Medical and sanitary report of the native army of Madras for the year
Year: 1875
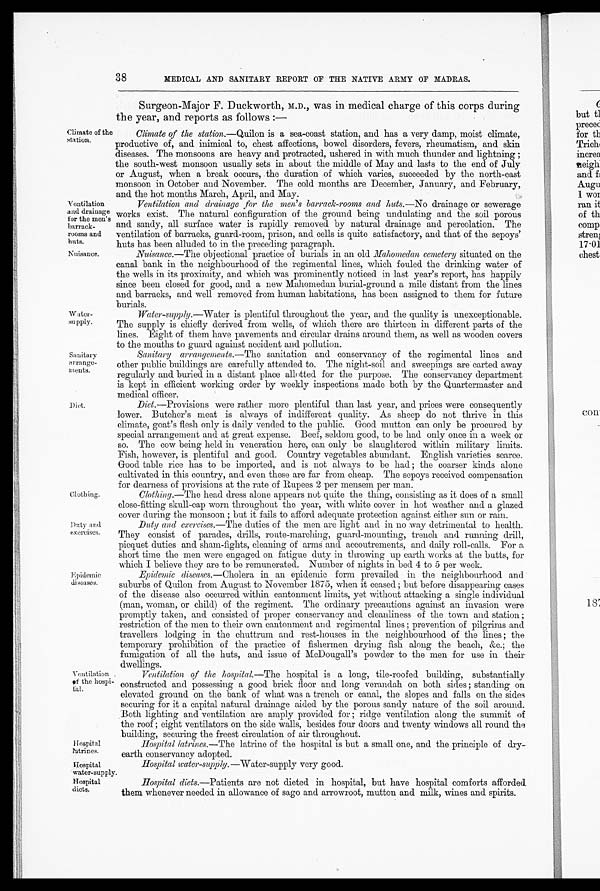
Clothing.
Duty and
exercises.
38
Climate of the
station.
Ventilation
and drainage
for the men's
barrack-
rooms and
huts.
MEDICAL AND SANITARY REPORT OF THE NATIVE ARMY OF MADRAS.
Surgeon-Major F. Duckworth, M.D., was in medical charge of this corps during
the year, and reports as follows :—
Climate of the station .—Quilon is a sea-coast station, and has a very damp, moist climate,
productive of, and inimical to, chest affections, bowel disorders, fevers, rheumatism, and skin
diseases. The monsoons are heavy and protracted, ushered in with much thunder and lightning;
the south-west monsoon usually sets in about the middle of May and lasts to the end of July
or August, when a break occurs, the duration of which varies, succeeded by the north-east
monsoon in October and November. The cold months are December, January, and February,
and the hot months March. April. and May.
Ventilation and drainage for the men's barrack-rooms and huts .—No drainage or sewerage
works exist. The natural configuration of the ground being undulating and the soil porous
and sandy, all surface water is rapidly removed by natural drainage and percolation. The
ventilation of barracks, guard-room, prison, and cells is quite satisfactory, and that of the sepoys'
huts has been alluded to in the preceding paragraph.
Nuisance.
water
-supply.
Sanitary
arrange
-ments.
Diet.
Epidemic
diseases.
Ventilation of the hospi
-tal.
Nuisance .—The objectional practice of burials in an old Mahomedan cemetery situated on the
canal bank in the neighbourhood of the regimental lines, which fouled the drinking water of
the wells in its proximity, and which was prominently noticed in last year's report, has happily
since been closed for good, and a new Mahomedan burial-ground a mile distant from the lines
and barracks, and well removed from human habitations, has been assigned to them for future
burials.
Water-supply .—Water is plentiful throughout the year, and the quality is unexceptionable.
The supply is chiefly derived from wells, of which there are thirteen in different parts of the
lines. Eight of them have pavements and circular drains around them, as well as wooden covers
to the mouths to guard against accident and pollution.
Sanitary arrangements .—The sanitation and conservancy of the regimental lines and
other public buildings are carefully attended to. The night-soil and sweepings are carted away
regularly and buried in a distant place allotted for the purpose. The conservancy department
is kept in efficient working order by weekly inspections made both by the Quartermaster and
medical officer.
Diet.—Provisions were rather more plentiful than last year, and prices were consequently
lower. Butcher's meat is always of indifferent quality. As sheep do not thrive in this
climate, goat's flesh only is daily vended to the public. Good mutton can only be procured by
special arrangement and at great expense. Beef, seldom good, to be had only once in a week or
so. The cow being held in veneration here, can only be slaughtered within military limits.
Fish, however, is plentiful and good. Country vegetables abundant. English varieties scarce.
Good table rice has to be imported, and is not always to be had; the coarser kinds alone
cultivated in this country, and even these are far from cheap. The sepoys received compensation
for dearness of provisions at the rate of Rupees 2 per mensem per man.
Clothing .—The head dress alone appears not quite the thing, consisting as it does of a small
close-fitting skull-cap worn throughout the year, with white cover in hot weather and a glazed
cover during the monsoon; but it fails to afford adequate protection against either sun or rain.
Duty and exercises .—The duties of the men are light and in no way detrimental to health.
They consist of parades, drills, route-marching, guard-mounting, trench and running drill,
picquet duties and sham-fights, cleaning of arms and accoutrements, and daily roll-calls. For a
short time the men were engaged on fatigue duty in throwing up earth works at the butts, for
which I believe they are to be remunerated. Number of nights in bed 4 to 5 per week.
Epidemic diseases .—Cholera in an epidemic form prevailed in the neighbourhood and
suburbs of Quilon from August to November 1875, when it ceased; but before disappearing cases
of the disease also occurred within cantonment limits, yet without attacking a single individual
(man, woman, or child) of the regiment. The ordinary precautions against an invasion were
promptly taken, and consisted of proper conservancy and cleanliness of the town and station;
restriction of the men to their own cantonment and regimental lines prevention of pilgrims and
travellers lodging in the chuttrum and rest-houses in the neighbourhood of the lines; the
temporary prohibition of the practice of fishermen drying fish along the beach, &c.; the
fumigation of all the huts, and issue of McDougall's powder to the men for use in their
dwellings.
Ventilation of the hospital.—The hospital is a long, tile-roofed building, substantially
constructed and possessing a good brick floor and long verandah on both sides; standing on
elevated ground on the bank of what was a trench or canal, the slopes and falls on the sides
securing for it a capital natural drainage aided by the porous sandy nature of the soil around.
Both lighting and ventilation are amply provided for; ridge ventilation along the summit of
the roof; eight ventilators on the side walls, besides four doors and twenty windows all round the
building, securing the freest circulation of air throughout.
Hospital latrines.
Hospital
water-supply.
Hospital
diets.
Hospital latrines .—The latrine of the hospital is but a small one, and the principle of dry
-earth conservancy adopted.
Hospital water-supply .—Water-supply very good.
Hospital diets .—Patients are not dieted in hospital, but have hospital comforts afforded.
them whenever needed in allowance of sago and arrowroot, mutton and milk, wines and spirits.